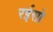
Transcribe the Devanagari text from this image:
रईसो